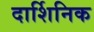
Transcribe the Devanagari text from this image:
दार्शिनिक